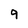
Character: 9